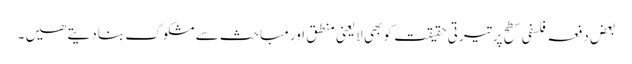
بعض دفعہ فلسفی سطح پر تیرتی حقیقت کو بھی لایعنی منطق اور مباحث سے مشکوک بنا دیتے ھیں ۔